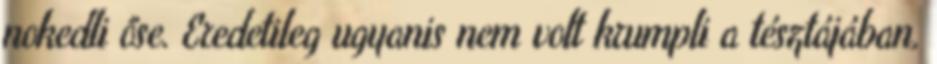
nokedli őse. Eredetileg ugyanis nem volt krumpli a tésztájában,